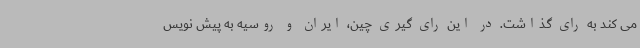
می کند به رای گذاشت. در این رای گیری چین، ایران و روسیه به پیش نویس